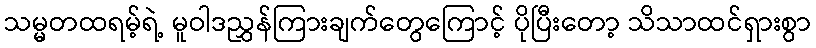
သမ္မတထရမ့်ရဲ့ မူဝါဒညွှန်ကြားချက်တွေကြောင့် ပိုပြီးတော့ သိသာထင်ရှားစွာ